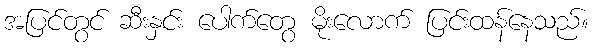
အပြင်တွင် ဆီးနှင်း ပေါက်တွေ မိုးလောက် ပြင်းထန်နေသည်။